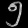
Digit: ၅